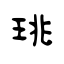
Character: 珧